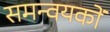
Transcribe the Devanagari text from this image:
समन्वयकों